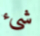
شيء